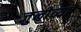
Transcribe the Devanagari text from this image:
जुनोच्या